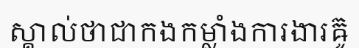
ស្គាល់ថាជាកងកម្លាំងការងារឝ៊ូ